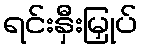
ရင်းနှီးမြှုပ်